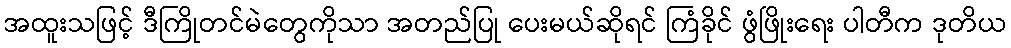
အထူးသဖြင့် ဒီကြိုတင်မဲတွေကိုသာ အတည်ပြု ပေးမယ်ဆိုရင် ကြံခိုင် ဖွံဖြိုးရေး ပါတီက ဒုတိယ